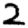
Digit: 2